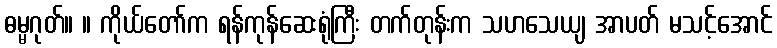
ဓမ္မဂုတ်။ ။ ကိုယ်တော်က ရန်ကုန်ဆေးရုံကြီး တက်တုန်းက သဟသေယျ အာပတ် မသင့်အောင်